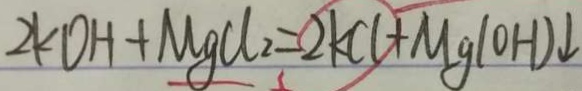
2 k O H + M g C l _ { 2 } = 2 k C l + M g ( O H ) \downarrow